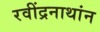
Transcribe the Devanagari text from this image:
रवींद्रनाथांन